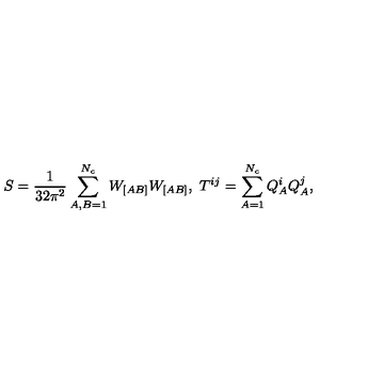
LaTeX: S = \frac { 1 } { 3 2 \pi ^ { 2 } } \sum _ { A , B = 1 } ^ { N _ { c } } W _ { [ A B ] } W _ { [ A B ] } , \ T ^ { i j } = \sum _ { A = 1 } ^ { N _ { c } } Q _ { A } ^ { i } Q _ { A } ^ { j } ,